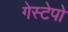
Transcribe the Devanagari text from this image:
गेस्टेपो